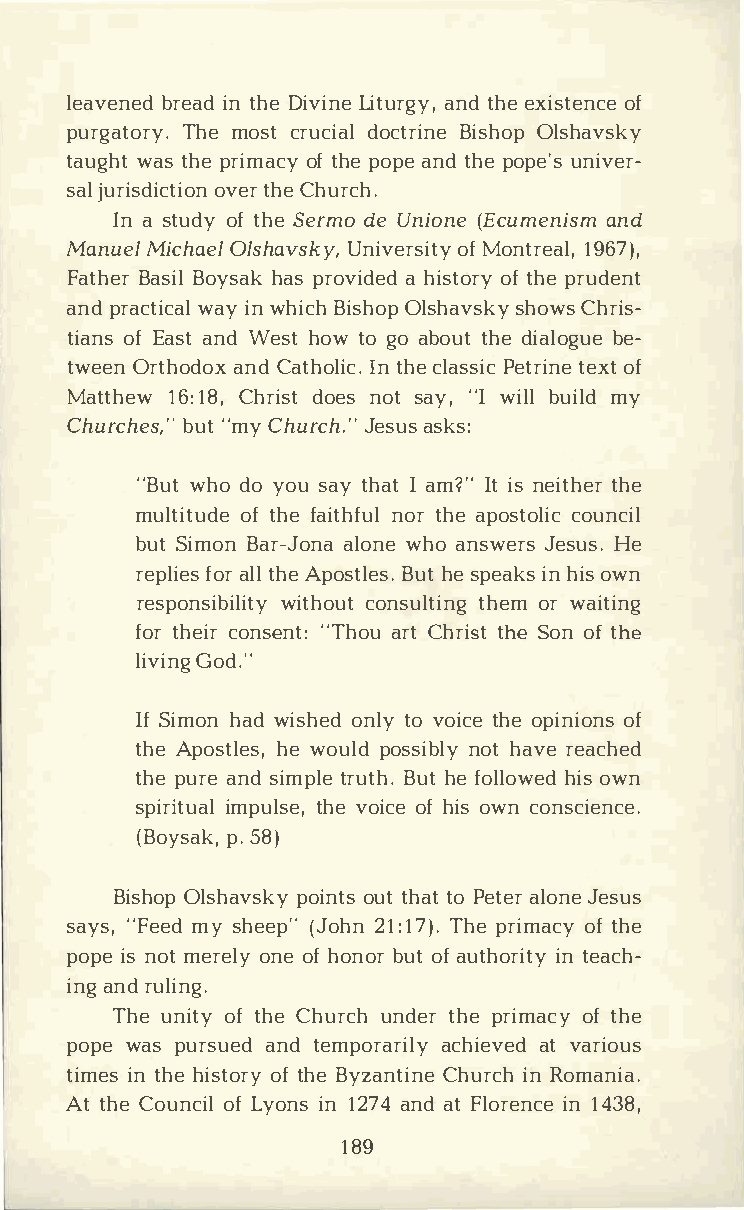
leavebnreeidant d h Dei viLniet uarngdy ,et xhies toefn ce
 purgatTohremy o.sc tr ucdioaclt rBiinsehO olps havsky
 taugwhattsh per imoaftc hype o paen tdh peo puen'isv er­
 sajlu risdoivcettrhCi eho unr ch.
 Ina s tuodfyt hSee rmdoe U nio(nEec umenainsdm
 Manuel    MOilcshhaaevlUs nkiyv, eorfMs ointtyr eal, 1967),
 FathBearsB ioly shaakps r oviahd iesdt ooftr hype r udent
 anpdr acwtaiyic naw lh iBcihs hOolps hasvhsokCwyhs r is­
 tiaonfEs a satn Wde shto wt og oa botuhtde i alboeg­ue
 tweOernt hoadnoCdxa thoIlnti hccel. a sPseitcrt ienoxeft
 Matth1e61w:8 C,h ridsoten so sta y",Iw ilblu imlyd
 Churchbeus"t,m "yC h urcJhe.s"au ssk s:
 "Buwth od oy ous atyh aIat m ?I"ti sn eitthheer
 multiotftu hdfeea itnhoftruh lae p ostcooluincc il
 buSti moBna r-Jaolnowanh eoa nswJeerssuH se.
 replfioaerlts lh A ep ostBluhetess .p eaiknhs io sw n
 responswiibtihlcoioutntys utlhteiomnrw g a iting
 fotrh eciorn se"nTth:oa urC th ritshSteo onf t he
 livGiondg. "
 IfS imohnaw di shoendlt yov oitcheoe p inioofn s
 thAep osthlewe osu,lp ods sniobhtla yv ree ached
 thpeu raen sdi mptlreuB tuhht.e f ollhoiwosew dn
 spiriimtpuuatllhs veeo ,i ocfhe i osw n conscience.
 (Boy,ps .5a8 k)
 Bishop     Oplosihonautvttssh ktayotP etaelro Jnees us
 say"sF,e meyds hee(Jpo"h 2n11 :7 )T.h ep rimoafct yh e
 popiesn omte reolnyoe fh onbourot fa uthoirnti etayc h­
 inagn rdu ling.
 Theu niotfyt hCeh urucnhd terhp er imoafct yh e
 popwea sp ursauneddt emporaacrhiileayvt ve adr ious
 timients h hei stooftr hyBe y zanCthiunreic nRh o mania.
 Att hCeo unocfLi ylo inns1 247a nadt F loreinn1c 4e3 8,
 189